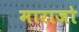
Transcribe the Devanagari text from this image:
माराजो